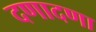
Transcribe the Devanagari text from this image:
दणादणा